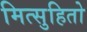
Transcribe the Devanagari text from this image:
मित्सुहितो